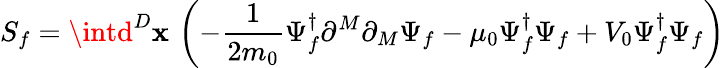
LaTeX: S_{f}=\intd^{D}\mathbf{x}\, \left(-\frac{{1}}{{2m_{0}}}\Psi_{f}^{\dagger}\partial^{M}\partial_{M}\Psi_{f}-\mu_{0}\Psi_{f}^{\dagger}\Psi_{f}+V_{0}\Psi_{f}^{\dagger}\Psi_{f}\right)